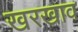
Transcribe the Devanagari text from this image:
खरखाव